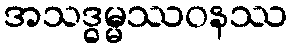
အသဒ္ဓမ္မဿဝနဿ